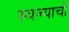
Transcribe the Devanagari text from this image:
स्वज्याची